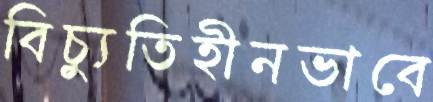
বিচ্যুতিহীনভাবে